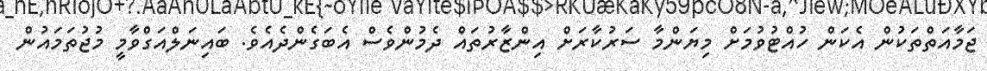
ޖަމާއަތްތަކުން އެކަން ހުއްޓުވުމަށް މިޔަންމާ ސަރުކާރަށް އިންޒާރުތައް ދެމުންވެސް އެބަގެންދެއެވެ. ބައިނަލްއަގްވާމީ މުޖުތަމައުން